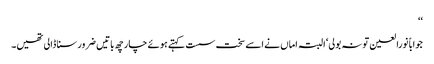
‘‘
جواباً نورالعین تو نہ بولی‘ البتہ اماں نے اسے سخت سست کہتے ہوئے چار چھ باتیں ضرور سنا ڈالی تھیں۔